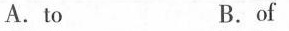
A. to B. of